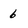
Character: 6